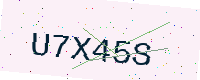
Text: U7X45S